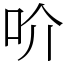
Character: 吤